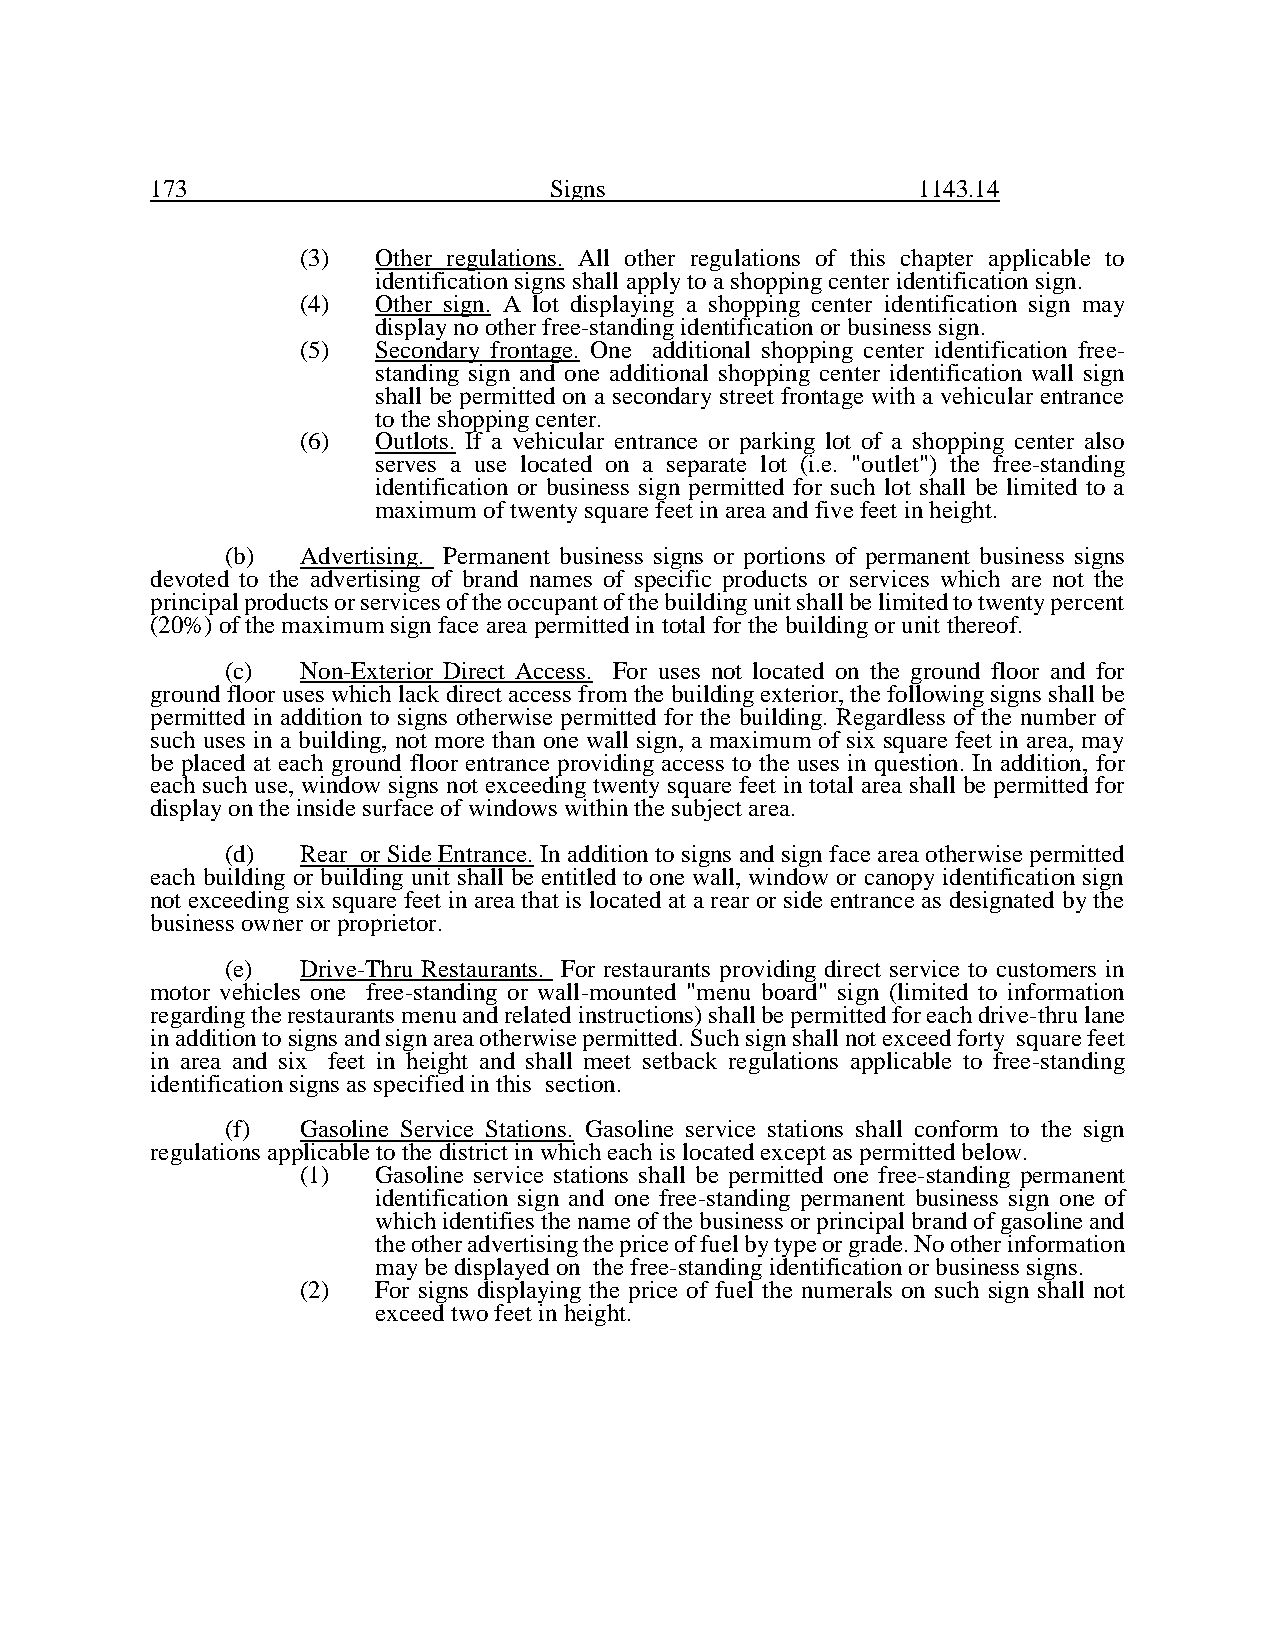
173                       Signs                    1143.14
 (3)  Other regulations. All other regulations of this chapter applicable to
 identification signs shall apply to a shopping center identification sign.
 (4)  Other sign. A lot displaying a shopping center identification sign may
 display no other free-standing identification or business sign.
 (5)  Secondary frontage. One additional shopping center identification free-
 standing sign and one additional shopping center identification wall sign
 shall be permitted on a secondary street frontage with a vehicular entrance
 to the shopping center.
 (6)  Outlots. If a vehicular entrance or parking lot of a shopping center also
 serves a use located on a separate lot (i.e. "outlet") the free-standing
 identification or business sign permitted for such lot shall be limited to a
 maximum of twenty square feet in area and five feet in height.
 (b)  Advertising. Permanent business signs or portions of permanent business signs
 devoted to the advertising of brand names of specific products or services which are not the
 principal products or services of the occupant of the building unit shall be limited to twenty percent
 (20%) of the maximum sign face area permitted in total for the building or unit thereof.
 (c)  Non-Exterior Direct Access. For uses not located on the ground floor and for
 ground floor uses which lack direct access from the building exterior, the following signs shall be
 permitted in addition to signs otherwise permitted for the building. Regardless of the number of
 such uses in a building, not more than one wall sign, a maximum of six square feet in area, may
 be placed at each ground floor entrance providing access to the uses in question. In addition, for
 each such use, window signs not exceeding twenty square feet in total area shall be permitted for
 display on the inside surface of windows within the subject area.
 (d)  Rear or Side Entrance. In addition to signs and sign face area otherwise permitted
 each building or building unit shall be entitled to one wall, window or canopy identification sign
 not exceeding six square feet in area that is located at a rear or side entrance as designated by the
 business owner or proprietor.
 (e)  Drive-Thru Restaurants. For restaurants providing direct service to customers in
 motor vehicles one free-standing or wall-mounted "menu board" sign (limited to information
 regarding the restaurants menu and related instructions) shall be permitted for each drive-thru lane
 in addition to signs and sign area otherwise permitted. Such sign shall not exceed forty square feet
 in area and six feet in height and shall meet setback regulations applicable to free-standing
 identification signs as specified in this section.
 (f)  Gasoline Service Stations. Gasoline service stations shall conform to the sign
 regulations applicable to the district in which each is located except as permitted below.
 (1)  Gasoline service stations shall be permitted one free-standing permanent
 identification sign and one free-standing permanent business sign one of
 which identifies the name of the business or principal brand of gasoline and
 the other advertising the price of fuel by type or grade. No other information
 may be displayed on the free-standing identification or business signs.
 (2)  For signs displaying the price of fuel the numerals on such sign shall not
 exceed two feet in height.